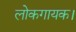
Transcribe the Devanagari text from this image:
लोकगायक।